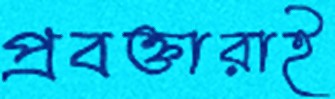
প্রবক্তারাই